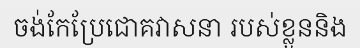
ចង់កែប្រែជោគវាសនា របស់ខ្លួននិង